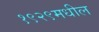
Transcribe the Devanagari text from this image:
१९२९मधील